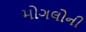
મોગલોની